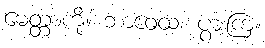
မေတ္တာကို။ ဘာဝေထ၊ ပွားကြ။